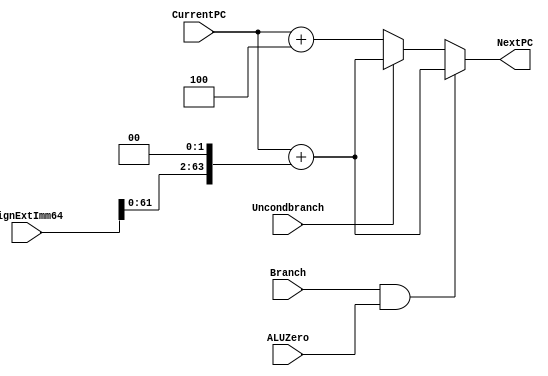
module NextPClogic(NextPC, CurrentPC, SignExtImm64, Branch, ALUZero, Uncondbranch); 
   input [63:0] CurrentPC, SignExtImm64;    // state your input at 64 bits for currentPC and sign extender
   input 	Branch, ALUZero, Uncondbranch;   // state your inputs for the Branch, ALU, and unconditional branch
   output reg [63:0] NextPC;                 // register output for NextPC as 64 bits

   

   /* write your code here */ 
   always@(*) begin
      if((Branch == 1'b1) && (ALUZero == 1'b1)) begin   // check that Branch and ALU are 1 or ON
         NextPC = CurrentPC + (SignExtImm64 <<< 2);                   // shift NextPC with sign extender by 2 to the left
      end else if(Uncondbranch == 1'b1) begin           // otherwise Undonditional branch is ON
         NextPC = CurrentPC + (SignExtImm64 <<< 2);                   // complete the sign extend shift left by 2   
      end else begin
         NextPC = CurrentPC + 4;                        // otherwise it can only set the NextPC to the next one from CurrentPC
      end

   end                                                  // end the loop


endmodule                                               // endmodule